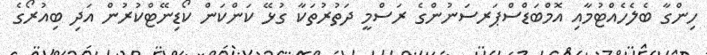
ހިންގާ ބެލެހެއްޓުމާއި އޮމްބަޑްސްޕަރސަނުންގެ ރަސްމީ ދަތުރުތަކާ ގުޅޭ ކަންކަން ކޯޑިނޭޓްކުރުން އަދި ބިއުރޯގެ